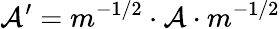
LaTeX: \mathcal{A}^{\prime}=m^{-1/2}\cdot\mathcal{A}\cdot m^{-1/2}